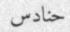
حنادس